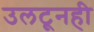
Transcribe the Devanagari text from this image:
उलटूनही